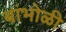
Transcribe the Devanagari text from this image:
बांभोळी